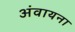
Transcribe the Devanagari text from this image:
अंवायना